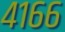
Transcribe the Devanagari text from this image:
४१६६